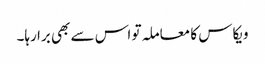
ویکاس کا معاملہ تو اس سے بھی برا رہا۔